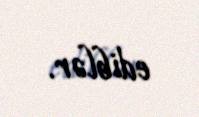
ediblər.